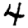
Digit: 4